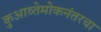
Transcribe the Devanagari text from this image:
कुआव्तेमोकनंतरचा